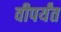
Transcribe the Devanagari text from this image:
वीपर्यंत